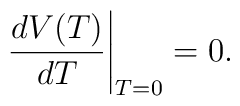
\left. \frac{d V(T)}{d T} \right|_{T=0} = 0.